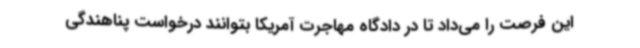
این فرصت را می‌داد تا در دادگاه مهاجرت آمریکا بتوانند درخواست پناهندگی